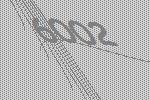
6002